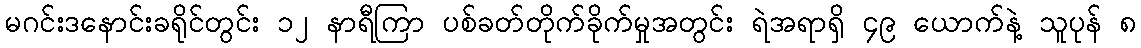
မဂင်းဒနောင်းခရိုင်တွင်း ၁၂ နာရီကြာ ပစ်ခတ်တိုက်ခိုက်မှုအတွင်း ရဲအရာရှိ ၄၉ ယောက်နဲ့ သူပုန် ၈